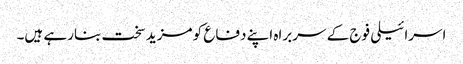
اسرائیلی فوج کے سربراہ اپنے دفاع کو مزید سخت بنارہے ہیں۔